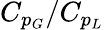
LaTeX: C_{p_{G}}/C_{p_{L}}